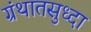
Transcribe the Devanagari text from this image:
ग्रंथातसुध्दा